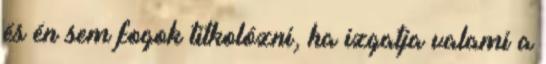
és én sem fogok titkolózni, ha izgatja valami a